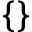
\{ \}